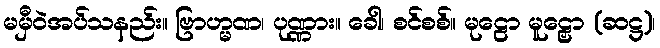
မမှီဝဲအပ်သနည်း။ ဗြာဟ္မဏ၊ ပုဏ္ဏား။ ခေါ၊ စင်စစ်။ မုဠော မူဠှော (ဆဋ္ဌ)၊